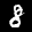
Label: 8